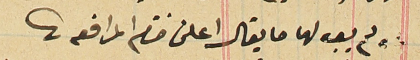
ولم يعد لها ما يقال اعلن ختام المرافعة